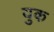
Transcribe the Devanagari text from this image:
युक